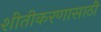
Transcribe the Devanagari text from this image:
शीतीकरणासाठी